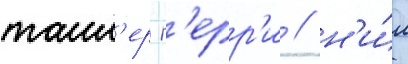
таил'ер п'ерр'и / н'и́л